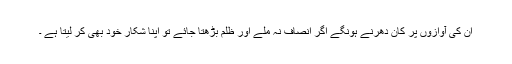
ان کی آوازوں پر کان دھرنے ہونگے اگر انصاف نہ ملے اور ظلم بڑھتا جائے تو اپنا شکار خود بھی کر لیتا ہے ۔